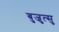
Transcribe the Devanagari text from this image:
बुजुत्सु